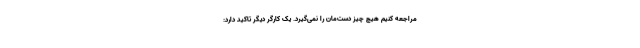
مراجعه کنیم هیچ چیز دست‌مان را نمی‌گیرد. یک کارگر دیگر تاکید دارد: